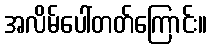
အလိမ်ပေါ်တတ်ကြောင်း။